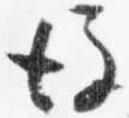
後